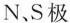
N、S极